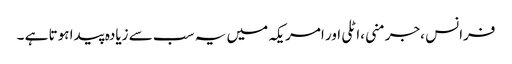
فرانس ،جرمنی ،اٹلی اور امریکہ میں یہ سب سے زیادہ پیدا ہوتا ہے ۔